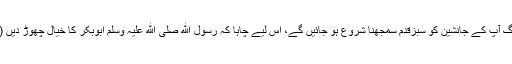
میرا خیال تھا کہ لوگ آپ کے جانشین کو سبزقدم سمجھنا شروع ہو جائیں گے، اس لیے چاہا کہ رسول ﷲ صلی ﷲ علیہ وسلم ابوبکر کا خیال چھوڑ دیں (بخاری، رقم ۴۴۴۵۔